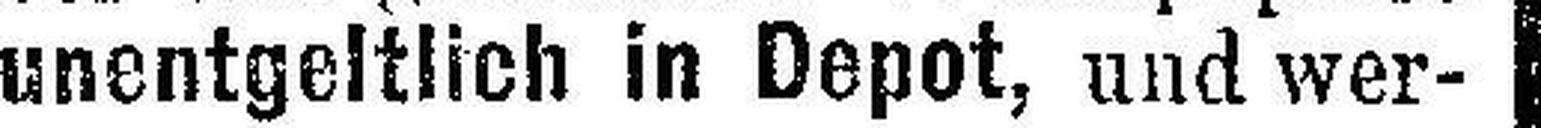
unentgeltlich in Depot, und wer¬